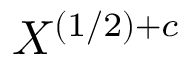
X ^ { ( 1 / 2 ) + c }